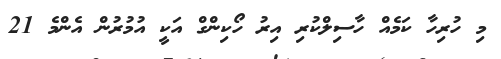
މި ހުރިހާ ކަމެއް ހާސިލްކުރި އިރު ހޯކިންގް އަކީ އުމުރުން އެންމެ 21